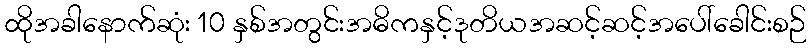
ထိုအခါနောက်ဆုံး 10 နှစ်အတွင်းအဓိကနှင့်ဒုတိယအဆင့်ဆင့်အပေါ်ခေါင်းစဉ်